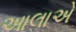
આલાએ